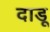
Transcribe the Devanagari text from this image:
दाडू